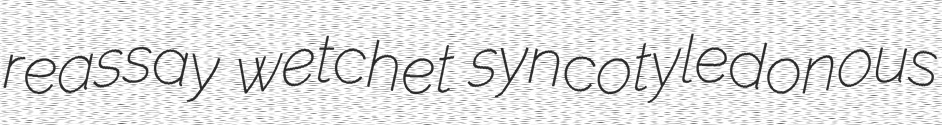
reassay wetchet syncotyledonous